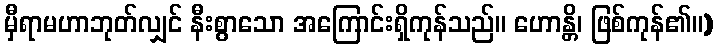
မှီရာမဟာဘုတ်လျှင် နီးစွာသော အကြောင်းရှိကုန်သည်။ ဟောန္တိ၊ ဖြစ်ကုန်၏။)